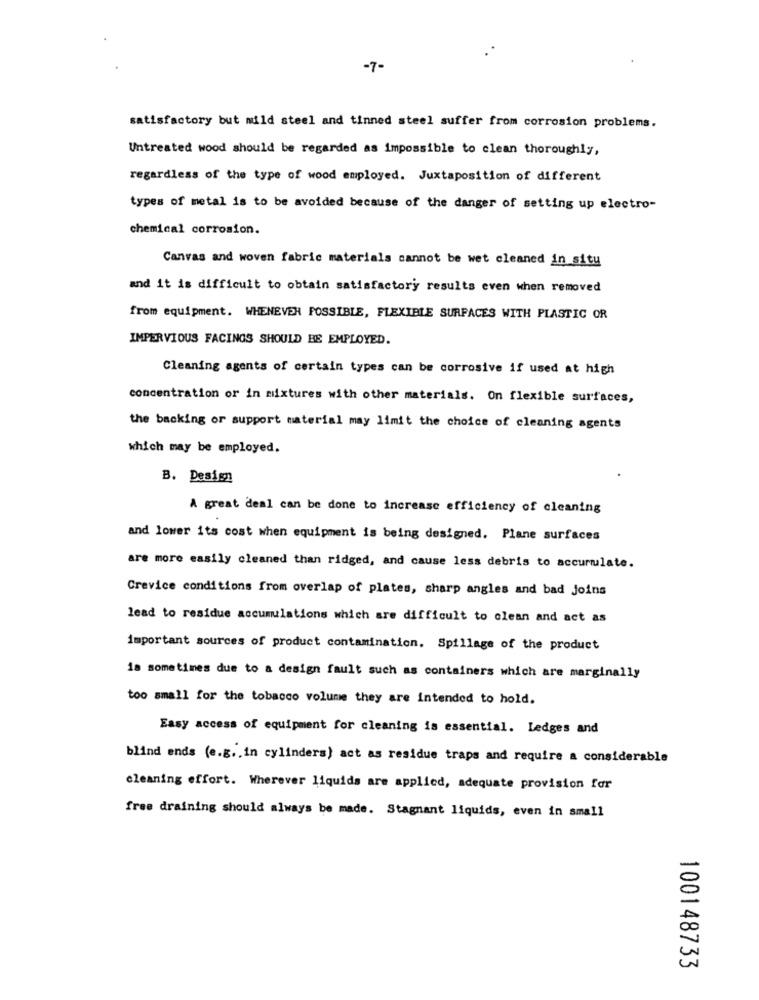
-7-
satisfactory but mild steel and tinned steel suffer from corrosion problems.
Untreated wood should be regarded as impossible to clean thoroughly,
regardless of the type of wood employed. Juxtaposition of different
types of metal is to be avoided because of the danger of setting up electro-
chemical corrosion.
Canvas and woven fabric materials cannot be wet cleaned in situ
and it is difficult to obtain satisfactory results even when removed
from equipment. WHENEVER POSSIBLE, FLEXIBLE SURFACES WITH PLASTIC OR
IMPERVIOUS FACINGS SHOULD BE EMPLOYED.
Cleaning agents of certain types can be corrosive if used at high
concentration or in mixtures with other materials. On flexible surfaces,
the backing or support material may limit the choice of cleaning agents
which may be employed.
B. Design
A great deal can be done to increase efficiency of cleaning
and lower its cost when equipment is being designed. Plane surfaces
are more easily cleaned than ridged, and cause less debris to accumulate.
Crevice conditions from overlap of plates, sharp angles and bad Joins
lead to residue accumulations which are difficult to clean and act as
important sources of product contamination. Spillage of the product
is sometimes due to a design fault such as containers which are marginally
too small for the tobacco volume they are intended to hold.
Easy access of equipment for cleaning is essential. Ledges and
blind ends (e.g ., in cylinders) act as residue traps and require a considerable
cleaning effort. Wherever liquids are applied, adequate provision for
free draining should always be made. Stagnant liquids, even in small
100148733